Civil Veterinary Dept. Bombay admin report 1900-1906 - 1900-1906
Year: 1900
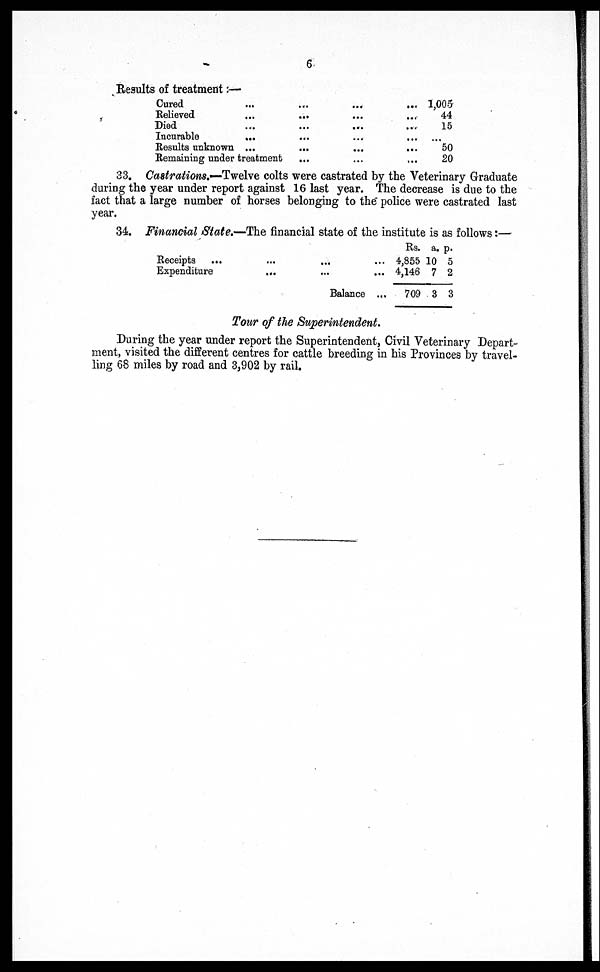
6
Results of treatment:—
Cured ... ... ... ...
Relieved ... ... ... ...
Died ... ... ... ...
Incurable ... ... ... ...
Results unknown ... ... ... ...
Remaining under treatment
...
...
...
1,005
44
15
...
50
20
33. Castrations.—Twelve colts were castrated by the Veterinary Graduate
during the year under report against 16 last year. The decrease is due to the
fact that a large number of horses belonging to the police were castrated last
year.
34. Financial State.—The financial state of the institute is as follows:—
Receipts
...
...
...
...
Expenditure
...
...
...
Balance...
Rs.
4,855
4,146
709
a.
10
7
3
p.
5
2
3
Tour of the Superintendent.
During the year under report the Superintendent, Civil Veterinary Depart-
ment, visited the different centres for cattle breeding in his Provinces by travel-
ling 68 miles by road and 3,902 by rail.